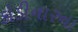
કોડીનારના